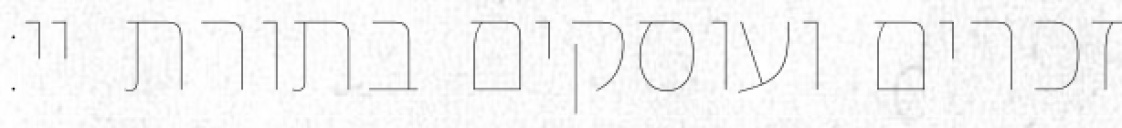
זכרים ועוסקים בתורת יי: